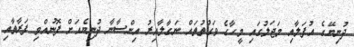
ދުނިޔޭގެ އުފަލާއި މަޖަލުގައި މީހާގެ ވަގުތުތައް ނަގާލާއިރު އިންސާނާ ދުނިޔެއަށް ފޮނުއްވި ފަރާތާއި